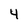
Character: 4